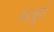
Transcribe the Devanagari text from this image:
नरबुर्ग